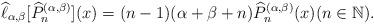
LaTeX: \begin{align*}\widehat{\ell}_{\alpha,\beta}[\widehat{P}_{n}^{(\alpha,\beta)}](x)=(n-1)(\alpha+\beta+n)\widehat{P}_{n}^{(\alpha,\beta)}(x)(n\in\mathbb{N}).\end{align*}